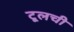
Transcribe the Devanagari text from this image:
टूलची